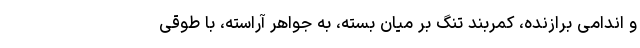
و اندامی برازنده، کمربند تنگ بر میان بسته، به جواهر آراسته، با طوقی